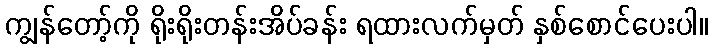
ကျွန်တော့်ကို ရိုးရိုးတန်းအိပ်ခန်း ရထားလက်မှတ် နှစ်စောင်ပေးပါ။